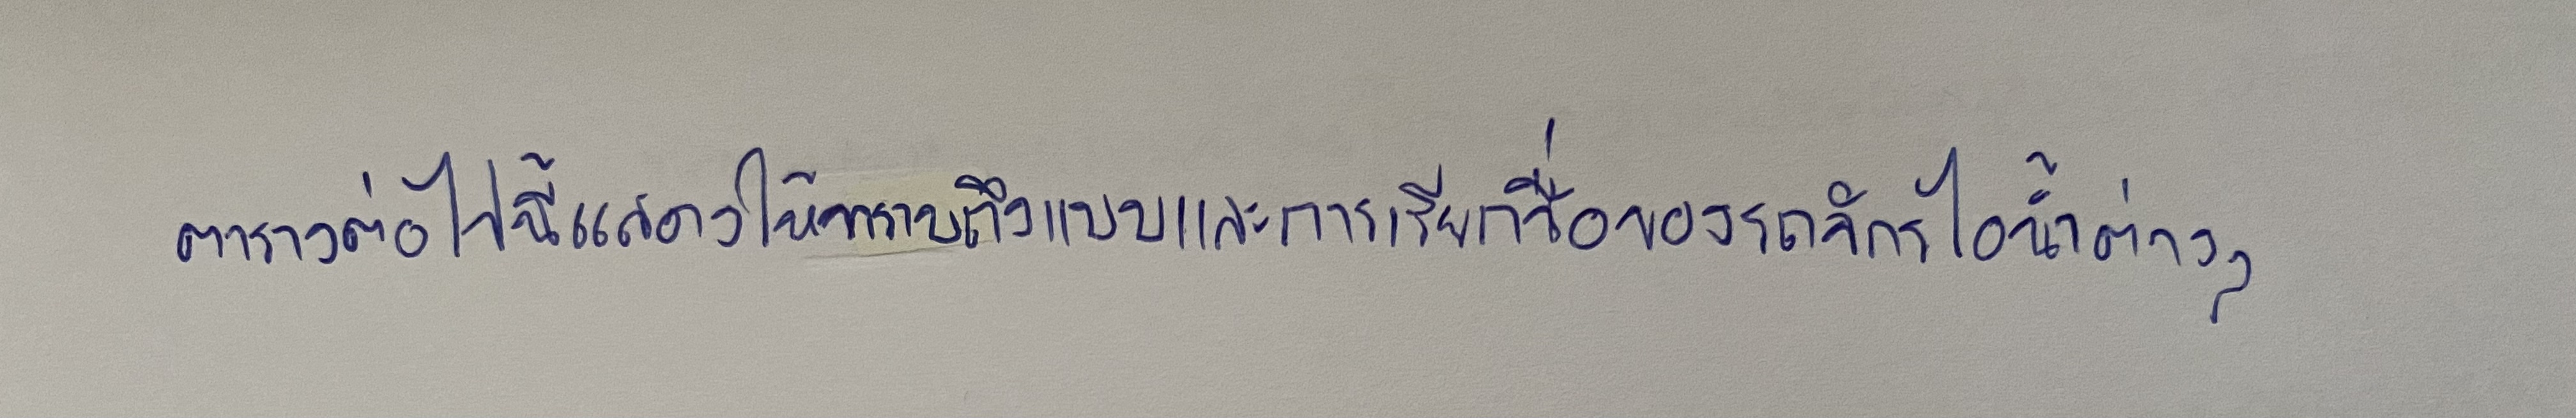
ตารางต่อไปนี้แสดงให้ทราบถึงแบบและการเรียกชื่อของรถจักรไอน้ำต่างๆ